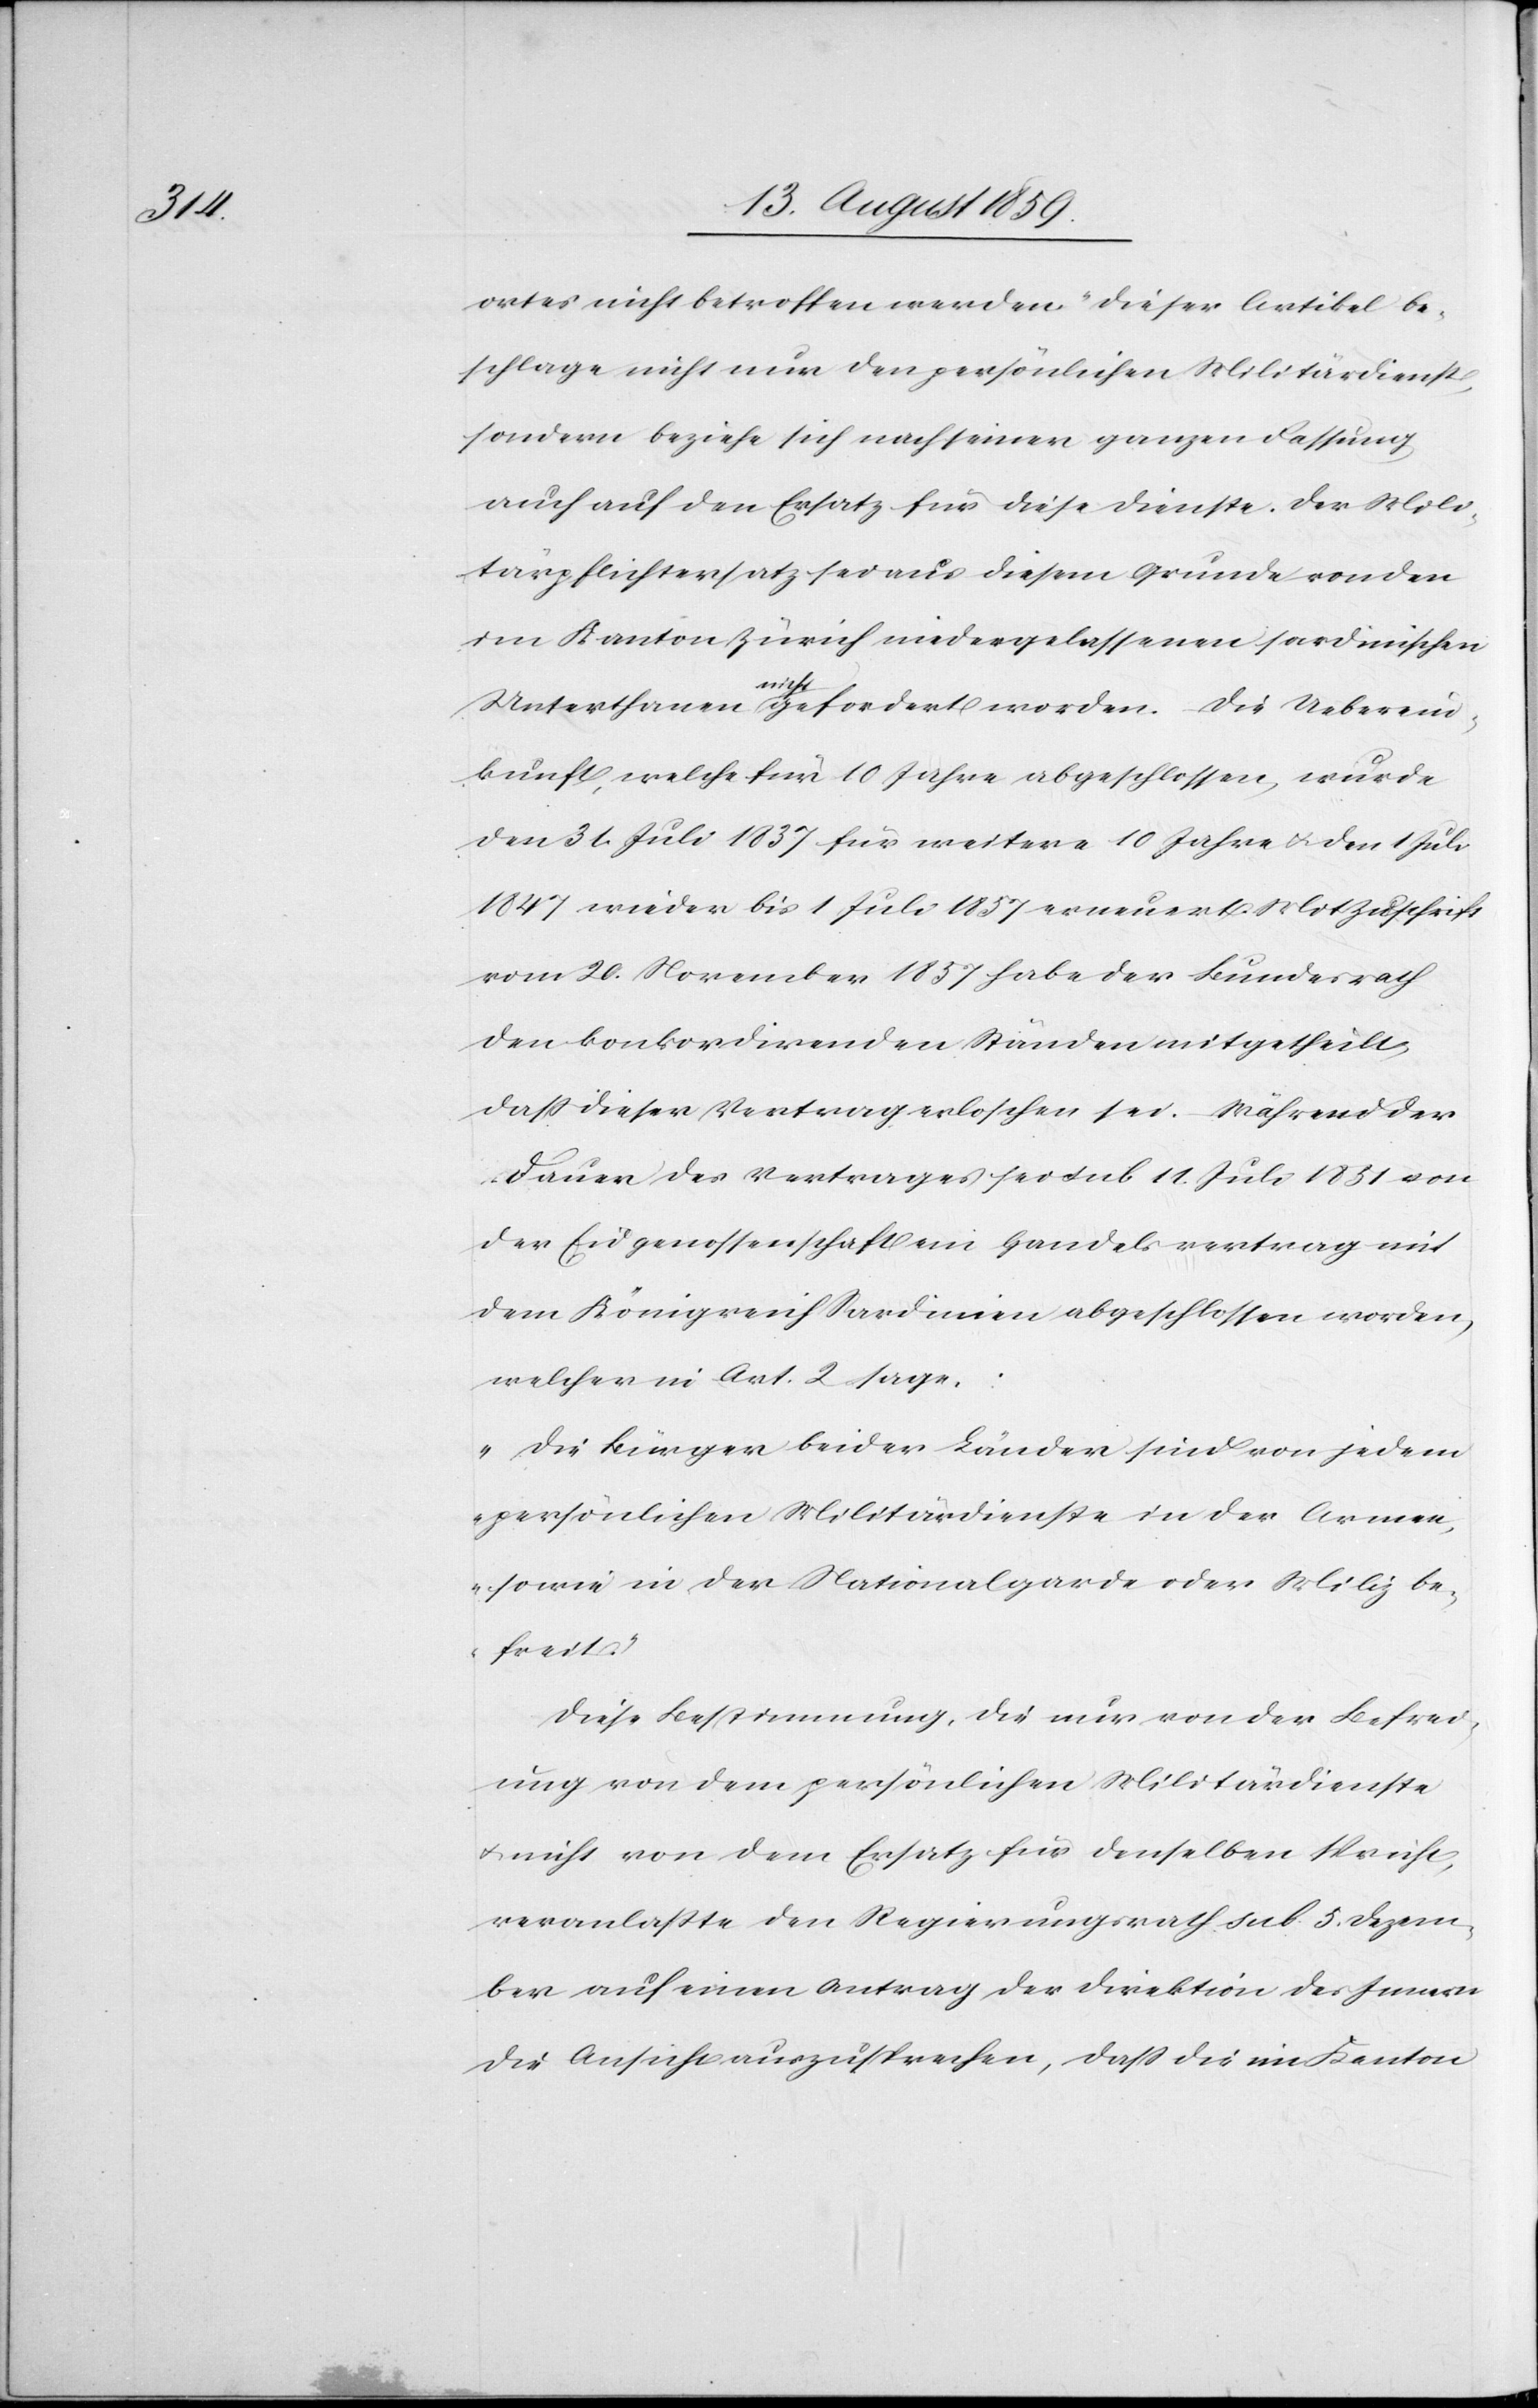
Mit

ortes nicht betroffen werden“ dieser Artikel be¬
schlage nicht nur den persönlichen Militärdienst,
sondern beziehe sich nach seiner ganzen Fassung
auch auf den Ersatz für diese Dienste. Der Mili¬
tärpflichtersatz sei aus diesem Grunde von den
im Kanton Zürich niedergelassenen sardinischen
Zuschrift
Unterthanen nicht gefordert worden. Die Ueberein¬
kunft, welche für 10 Jahre abgeschlossen, wurde
vom 20. November 1857 habe der Bundesrath
den konkordirenden Ständen mitgetheilt,
daß dieser Vertrag erloschen sei. Während der
Dauer des Vertrages sei sub 11. Juli 1851 von
der Eidgenossenschaft ein Handelsvertrag mit
dem Königreich Sardinien abgeschlossen worden,
welcher in Art. 2 sage:
„Die Bürger beider Länder sind von jedem
persönlichen Militärdienste in der Armee,
sowie in der Nationalgarde oder Miliz be¬
freit“.
Diese Bestimmung, die nur von der Befrei¬
ung von dem persönlichen Militärdienste
u. nicht von dem Ersatz für denselben spricht,
veranlaßte den Regierungsrath sub. 5. Dezem¬
ber auf einen Antrag der Direktion des Innern
die Ansicht auszusprechen, daß die im Kanton